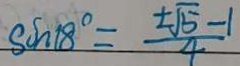
\sin 1 8 ^ { \circ } = \frac { \pm \sqrt { 5 } - 1 } { 4 }